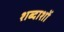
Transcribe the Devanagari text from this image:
शब्दाशों